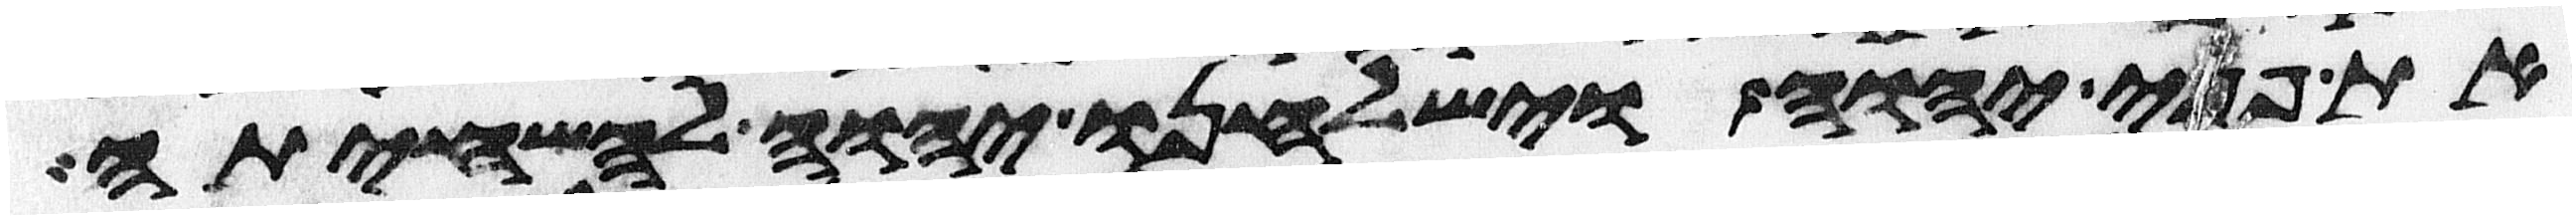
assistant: את פני יהוה וישלחנו יהוה להשחיתה